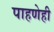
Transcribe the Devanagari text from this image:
पाहणेही